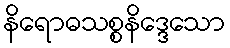
နိရောဓသစ္စနိဒ္ဒေသော